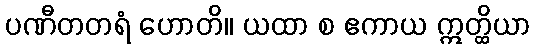
ပဏီတတရံ ဟောတိ။ ယထာ စ ဧကာယ ဣတ္ထိယာ